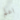
اعلم